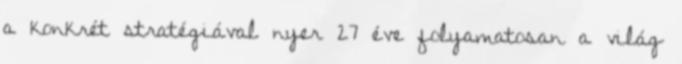
a konkrét stratégiával nyer 27 éve folyamatosan a világ